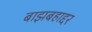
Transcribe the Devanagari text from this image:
बाझबहाद्दर